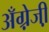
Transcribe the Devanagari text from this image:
अँग्रे़जी़